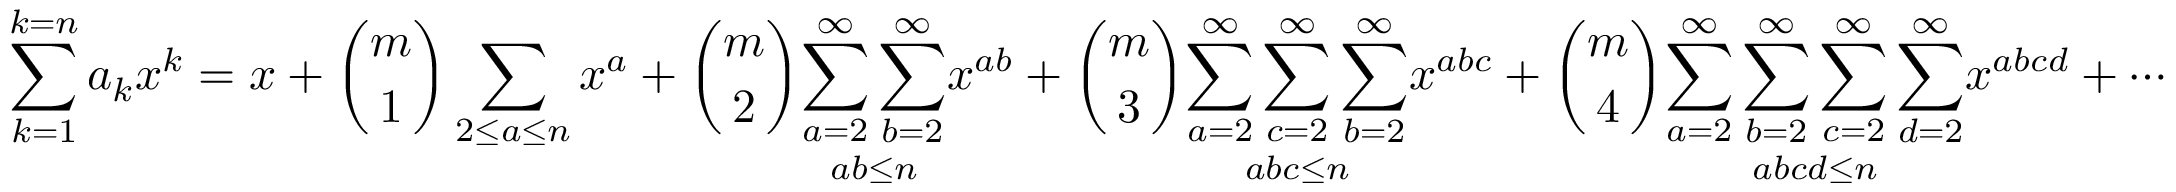
\sum _ { k = 1 } ^ { k = n } a _ { k } x ^ { k } = x + { \binom { m } { 1 } } \sum _ { 2 \leq a \leq n } x ^ { a } + { \binom { m } { 2 } } { \underset { a b \leq n } { \sum _ { a = 2 } ^ { \infty } \sum _ { b = 2 } ^ { \infty } } } x ^ { a b } + { \binom { m } { 3 } } { \underset { a b c \leq n } { \sum _ { a = 2 } ^ { \infty } \sum _ { c = 2 } ^ { \infty } \sum _ { b = 2 } ^ { \infty } } } x ^ { a b c } + { \binom { m } { 4 } } { \underset { a b c d \leq n } { \sum _ { a = 2 } ^ { \infty } \sum _ { b = 2 } ^ { \infty } \sum _ { c = 2 } ^ { \infty } \sum _ { d = 2 } ^ { \infty } } } x ^ { a b c d } + \cdots